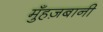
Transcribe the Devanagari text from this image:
मुँहज़बानी